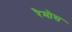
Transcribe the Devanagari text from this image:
रैमोस